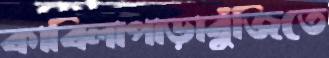
কাবিলাপাড়াবুঁজিতে